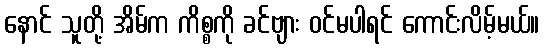
နောင် သူတို့ အိမ်က ကိစ္စကို ခင်ဗျား ဝင်မပါရင် ကောင်းလိမ့်မယ်။